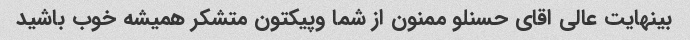
بینهایت عالی اقای حسنلو ممنون از شما وپیکتون متشکر همیشه خوب باشید